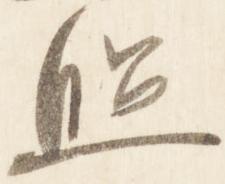
照